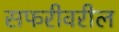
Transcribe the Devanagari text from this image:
सफरीवरील